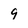
Character: 9